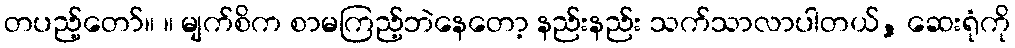
တပည့်တော်။ ။ မျက်စိက စာမကြည့်ဘဲနေတော့ နည်းနည်း သက်သာလာပါတယ်, ဆေးရုံကို